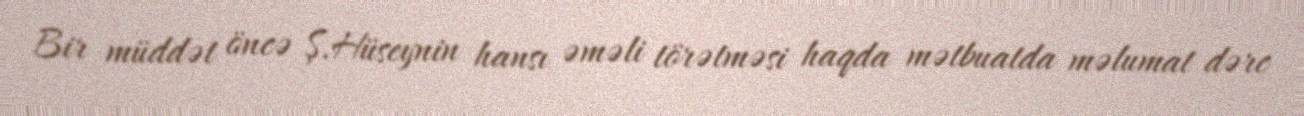
Bir müddət öncə Ş.Hüseynin hansı əməli törətməsi haqda mətbuatda məlumat dərc